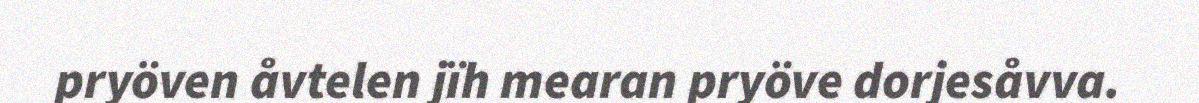
pryöven åvtelen jïh mearan pryöve dorjesåvva.